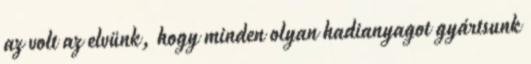
az volt az elvünk, hogy minden olyan hadianyagot gyártsunk